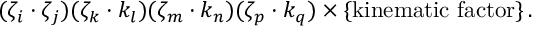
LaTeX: ( \zeta _ { i } \cdot \zeta _ { j } ) ( \zeta _ { k } \cdot k _ { l } ) ( \zeta _ { m } \cdot k _ { n } ) ( \zeta _ { p } \cdot k _ { q } ) \times \{ \mathrm { k i n e m a t i c ~ f a c t o r } \} \, .